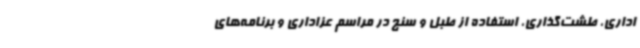
اداری، طشت‌گذاری، استفاده از طبل و سنج در مراسم عزاداری و برنامه‌های